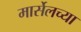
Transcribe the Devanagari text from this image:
मार्सेलच्या